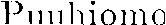
Puuhiomo